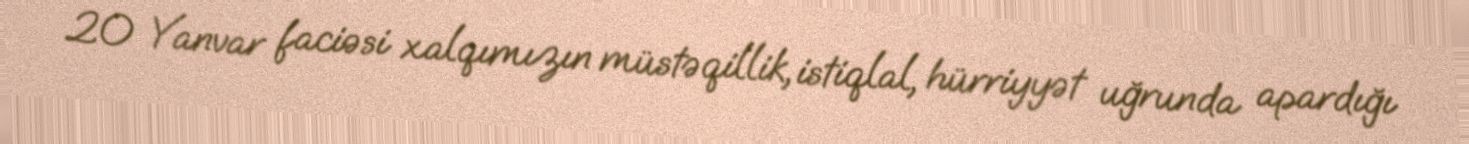
20 Yanvar faciəsi xalqımızın müstəqillik, istiqlal, hürriyyət uğrunda apardığı